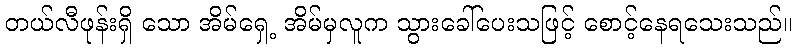
တယ်လီဖုန်းရှိ သော အိမ်ရှေ့ အိမ်မှလူက သွားခေါ်ပေးသဖြင့် စောင့်နေရသေးသည်။